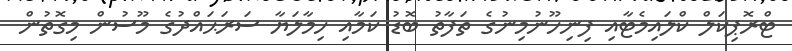
ޓްރޮޕިކަލް ކްލައިމެޓާއި ފިނިހޫނުމިނުގެ ތަފާތު ބޮޑު ކަމާއި ހިމާލަޔާ ސަރަޙައްދުގެ މޫސުން މިގޮތުން